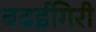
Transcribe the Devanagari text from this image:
बढईगिरी